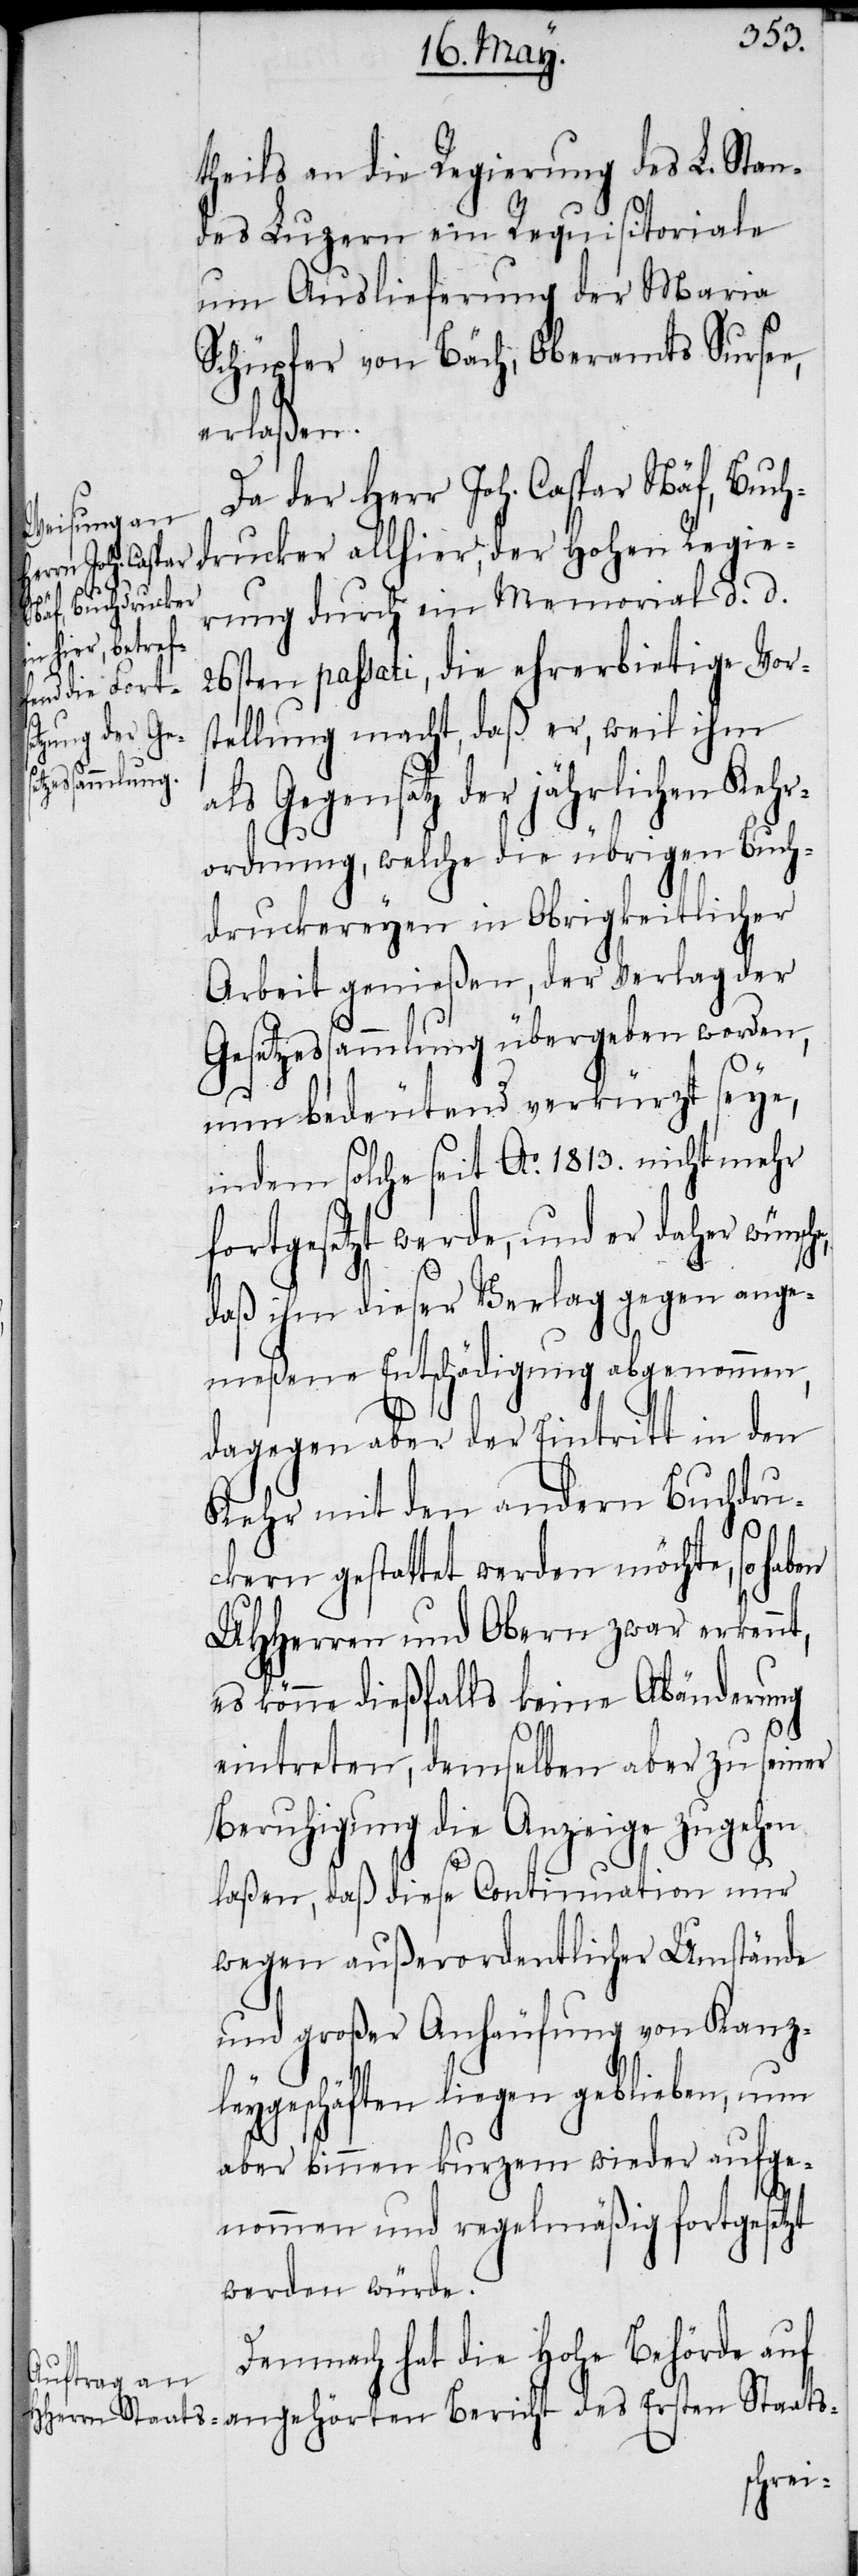
theils an die Regierung des L. Stan¬
des Luzern ein Requisitoriale
um Auslieferung der Maria
Schüpfer von Bäch, Oberamts Sursee,
erlaßen.
Da der Herr Joh. Caspar Näf, Buch¬
drucker allhier, der Hohen Regie¬
rung durch ein Memorial d. d.
26sten passati, die ehrerbietige Vor¬
stellung macht, daß er, weil ihm
als Gegensatz der jährlichen Kehr¬
ordnung, welche die übrigen Buch¬
druckereyen in Obrigkeitlicher
Arbeit genießen, der Verlag der
Gesetzessammlung übergeben worden,
nun bedeutend verkürzt seye,
indem solche seit Ao. 1813. nicht mehr
fortgesetzt werde, und er daher wünsch¬
daß ihm dieser Verlag gegen ange¬
meßene Entschädigung abgenommen,
dagegen aber der Eintritt in den
Kehr mit den andern Buchdru¬
ckern gestattet werden möchte, so haben
UHHerren und Obern zwar erkennt,
es könne dießfalls keine Abänderung
eintreten, demselben aber zu seiner
Beruhigung die Anzeige zugehen
laßen, daß diese Continuation nur
wegen außerordentlicher Umstände
und großer Anhäufung von Kanz¬
leygeschäften liegen geblieben, nun
aber binnen kurzem wieder aufge¬
e,
nommen und regelmäßig fortgesetzt
werden würde.
Demnach hat die Hohe Behörde auf